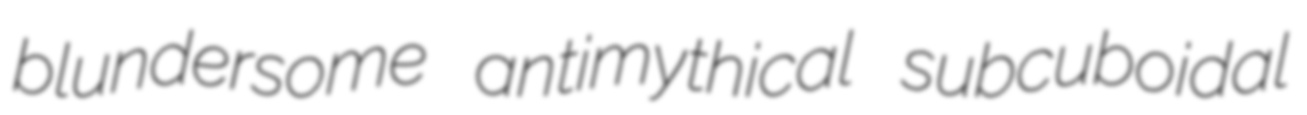
blundersome antimythical subcuboidal